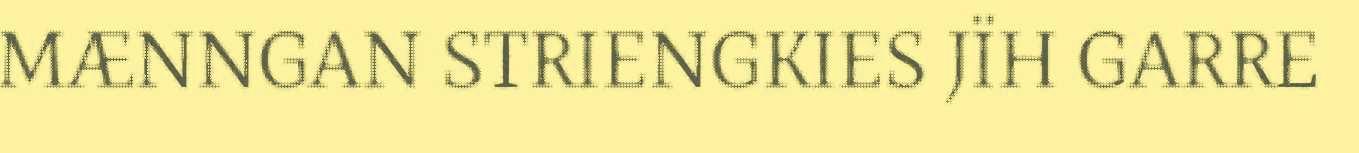
MÆNNGAN STRIENGKIES JÏH GARRE